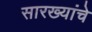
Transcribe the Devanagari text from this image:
सारख्यांचे